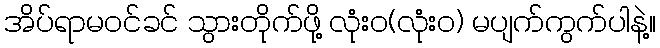
အိပ်ရာမဝင်ခင် သွားတိုက်ဖို့ လုံးဝ(လုံးဝ) မပျက်ကွက်ပါနဲ့။